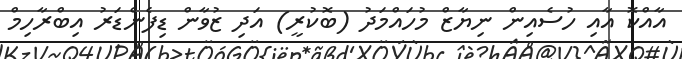
އާއްކޮ އާއި ހުސެއިން ނިޔާޒް މުހައްމަދު (ބޮކުރީ) އަދި ޒުވާން ޑިފެންޑަރު އިބްރާހިމް